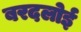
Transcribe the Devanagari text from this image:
बरदलोई